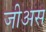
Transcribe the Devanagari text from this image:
जीअस